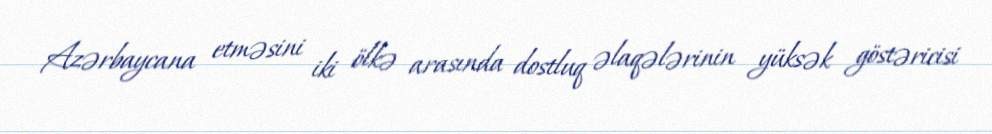
Azərbaycana etməsini iki ölkə arasında dostluq əlaqələrinin yüksək göstəricisi